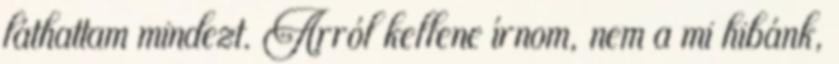
láthattam mindezt. Arról kellene írnom, nem a mi hibánk,